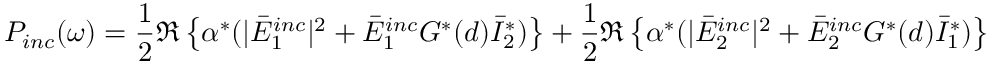
P _ { i n c } ( \omega ) = \frac { 1 } { 2 } \Re \left\{ \alpha ^ { * } ( | \bar { E } _ { 1 } ^ { i n c } | ^ { 2 } + \bar { E } _ { 1 } ^ { i n c } G ^ { * } ( d ) \bar { I } _ { 2 } ^ { * } ) \right\} + \frac { 1 } { 2 } \Re \left\{ \alpha ^ { * } ( | \bar { E } _ { 2 } ^ { i n c } | ^ { 2 } + \bar { E } _ { 2 } ^ { i n c } G ^ { * } ( d ) \bar { I } _ { 1 } ^ { * } ) \right\}